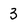
Character: 3